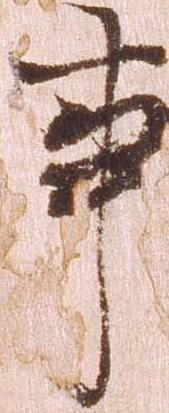
事